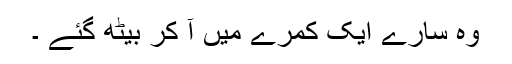
وہ سارے ایک کمرے میں آ کر بیٹھ گئے ۔